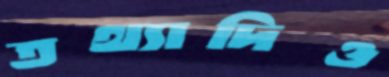
তথ্যাদিও